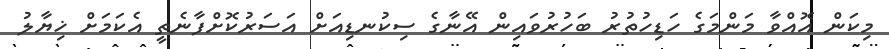
މިކަން އޮއްވާ މަންމަގެ ހަޑިހުތުރު ބަހުރުވައިން އޭނާގެ ސިކުނޑިއަށް އަސަރުކޮށްފާނެތީ އެކަމަށް ޚިޔާލު